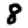
Digit: 8